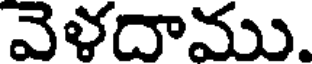
వెళదాము.